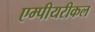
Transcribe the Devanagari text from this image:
एम्पीयरीकल